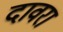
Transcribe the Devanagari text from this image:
दावरा